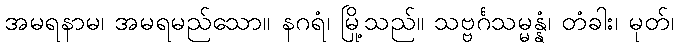
အမရနာမ၊ အမရမည်သော။ နဂရံ၊ မြို့သည်။ သဗ္ဗင်္ဂသမ္မန္နံ၊ တံခါး၊ မုတ်၊